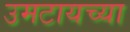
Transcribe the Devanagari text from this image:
उमटायच्या